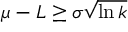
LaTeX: \mu - L \geq \sigma { \sqrt { \ln { k } } }